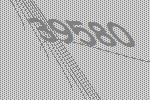
39580